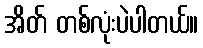
အိတ် တစ်လုံးပဲပါတယ်။